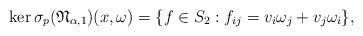
LaTeX: \begin{align*} \ker \sigma_p(\mathfrak{N}_{\alpha, 1})(x, \omega) = \{f \in S_2: f_{ij}=v_i\omega_j+ v_j\omega_i \},\end{align*}